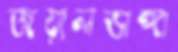
জয়ালভাঙ্গা